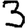
Digit: 3